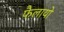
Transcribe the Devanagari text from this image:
फैलायो